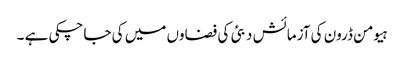
ہیومن ڈرون کی آزمائش دبئی کی فضاوں میں کی جاچکی ہے ۔